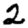
Digit: 2